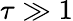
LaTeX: \tau\gg 1